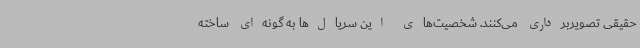
حقیقی تصویربرداری می‌کنند. شخصیت‌های این سریال‌ها به گونه‌ای ساخته